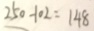
2 5 0 - 1 0 2 = 1 4 8